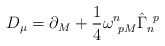
\begin{align*}D_{\mu} = \partial_M + \frac{1}{4}\omega^n_{~pM}\hat{\Gamma}_n^{~p}\end{align*}